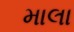
માલા